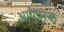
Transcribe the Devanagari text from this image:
आयुपरक